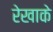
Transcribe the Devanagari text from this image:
रेखाके